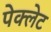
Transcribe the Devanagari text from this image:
पेक्लेट